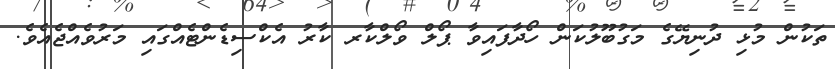
ތަކުން މުޅި ދުނިޔޭގެ މަގުބޫލުކަން ހޯދާފައިވާ ޕޯލް ވޯލްކާރ ކާރު އެކްސިޑެންޓެއްގައި މަރުވެއްޖެއެވެ.